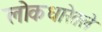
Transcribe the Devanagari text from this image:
लोकधारेतले